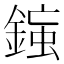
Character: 𨨸